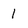
Character: 1